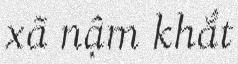
xã nậm khắt